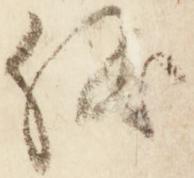
儀